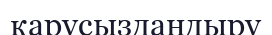
қарусыздандыру